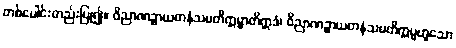
တစ်ပေါင်းတည်းပြု၍။ ဝိညာဏဉ္စာယတနံသမတိက္ကမ္မာတိဣဒံ၊ ဝိညာဏဉ္စာယတနံသမတိက္ကမ္မဟူသော